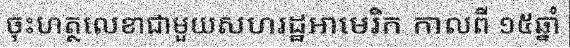
ចុះហត្ថលេខាជាមួយសហរដ្ឋអាមេរិក កាលពី ១៥ឆ្នាំ